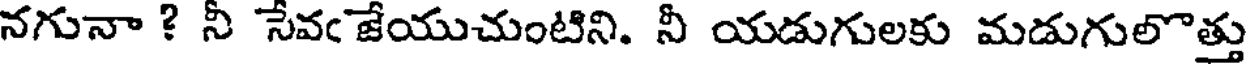
నగునా ? నీ సేవఁ జేయుచుంటిని. నీ యడుగులకు మడుగులొత్తు